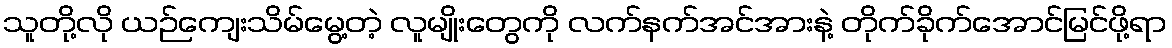
သူတို့လို ယဉ်ကျေးသိမ်မွေ့တဲ့ လူမျိုးတွေကို လက်နက်အင်အားနဲ့ တိုက်ခိုက်အောင်မြင်ဖို့ရာ